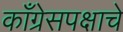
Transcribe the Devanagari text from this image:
काँग्रेसपक्षाचे